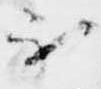
不